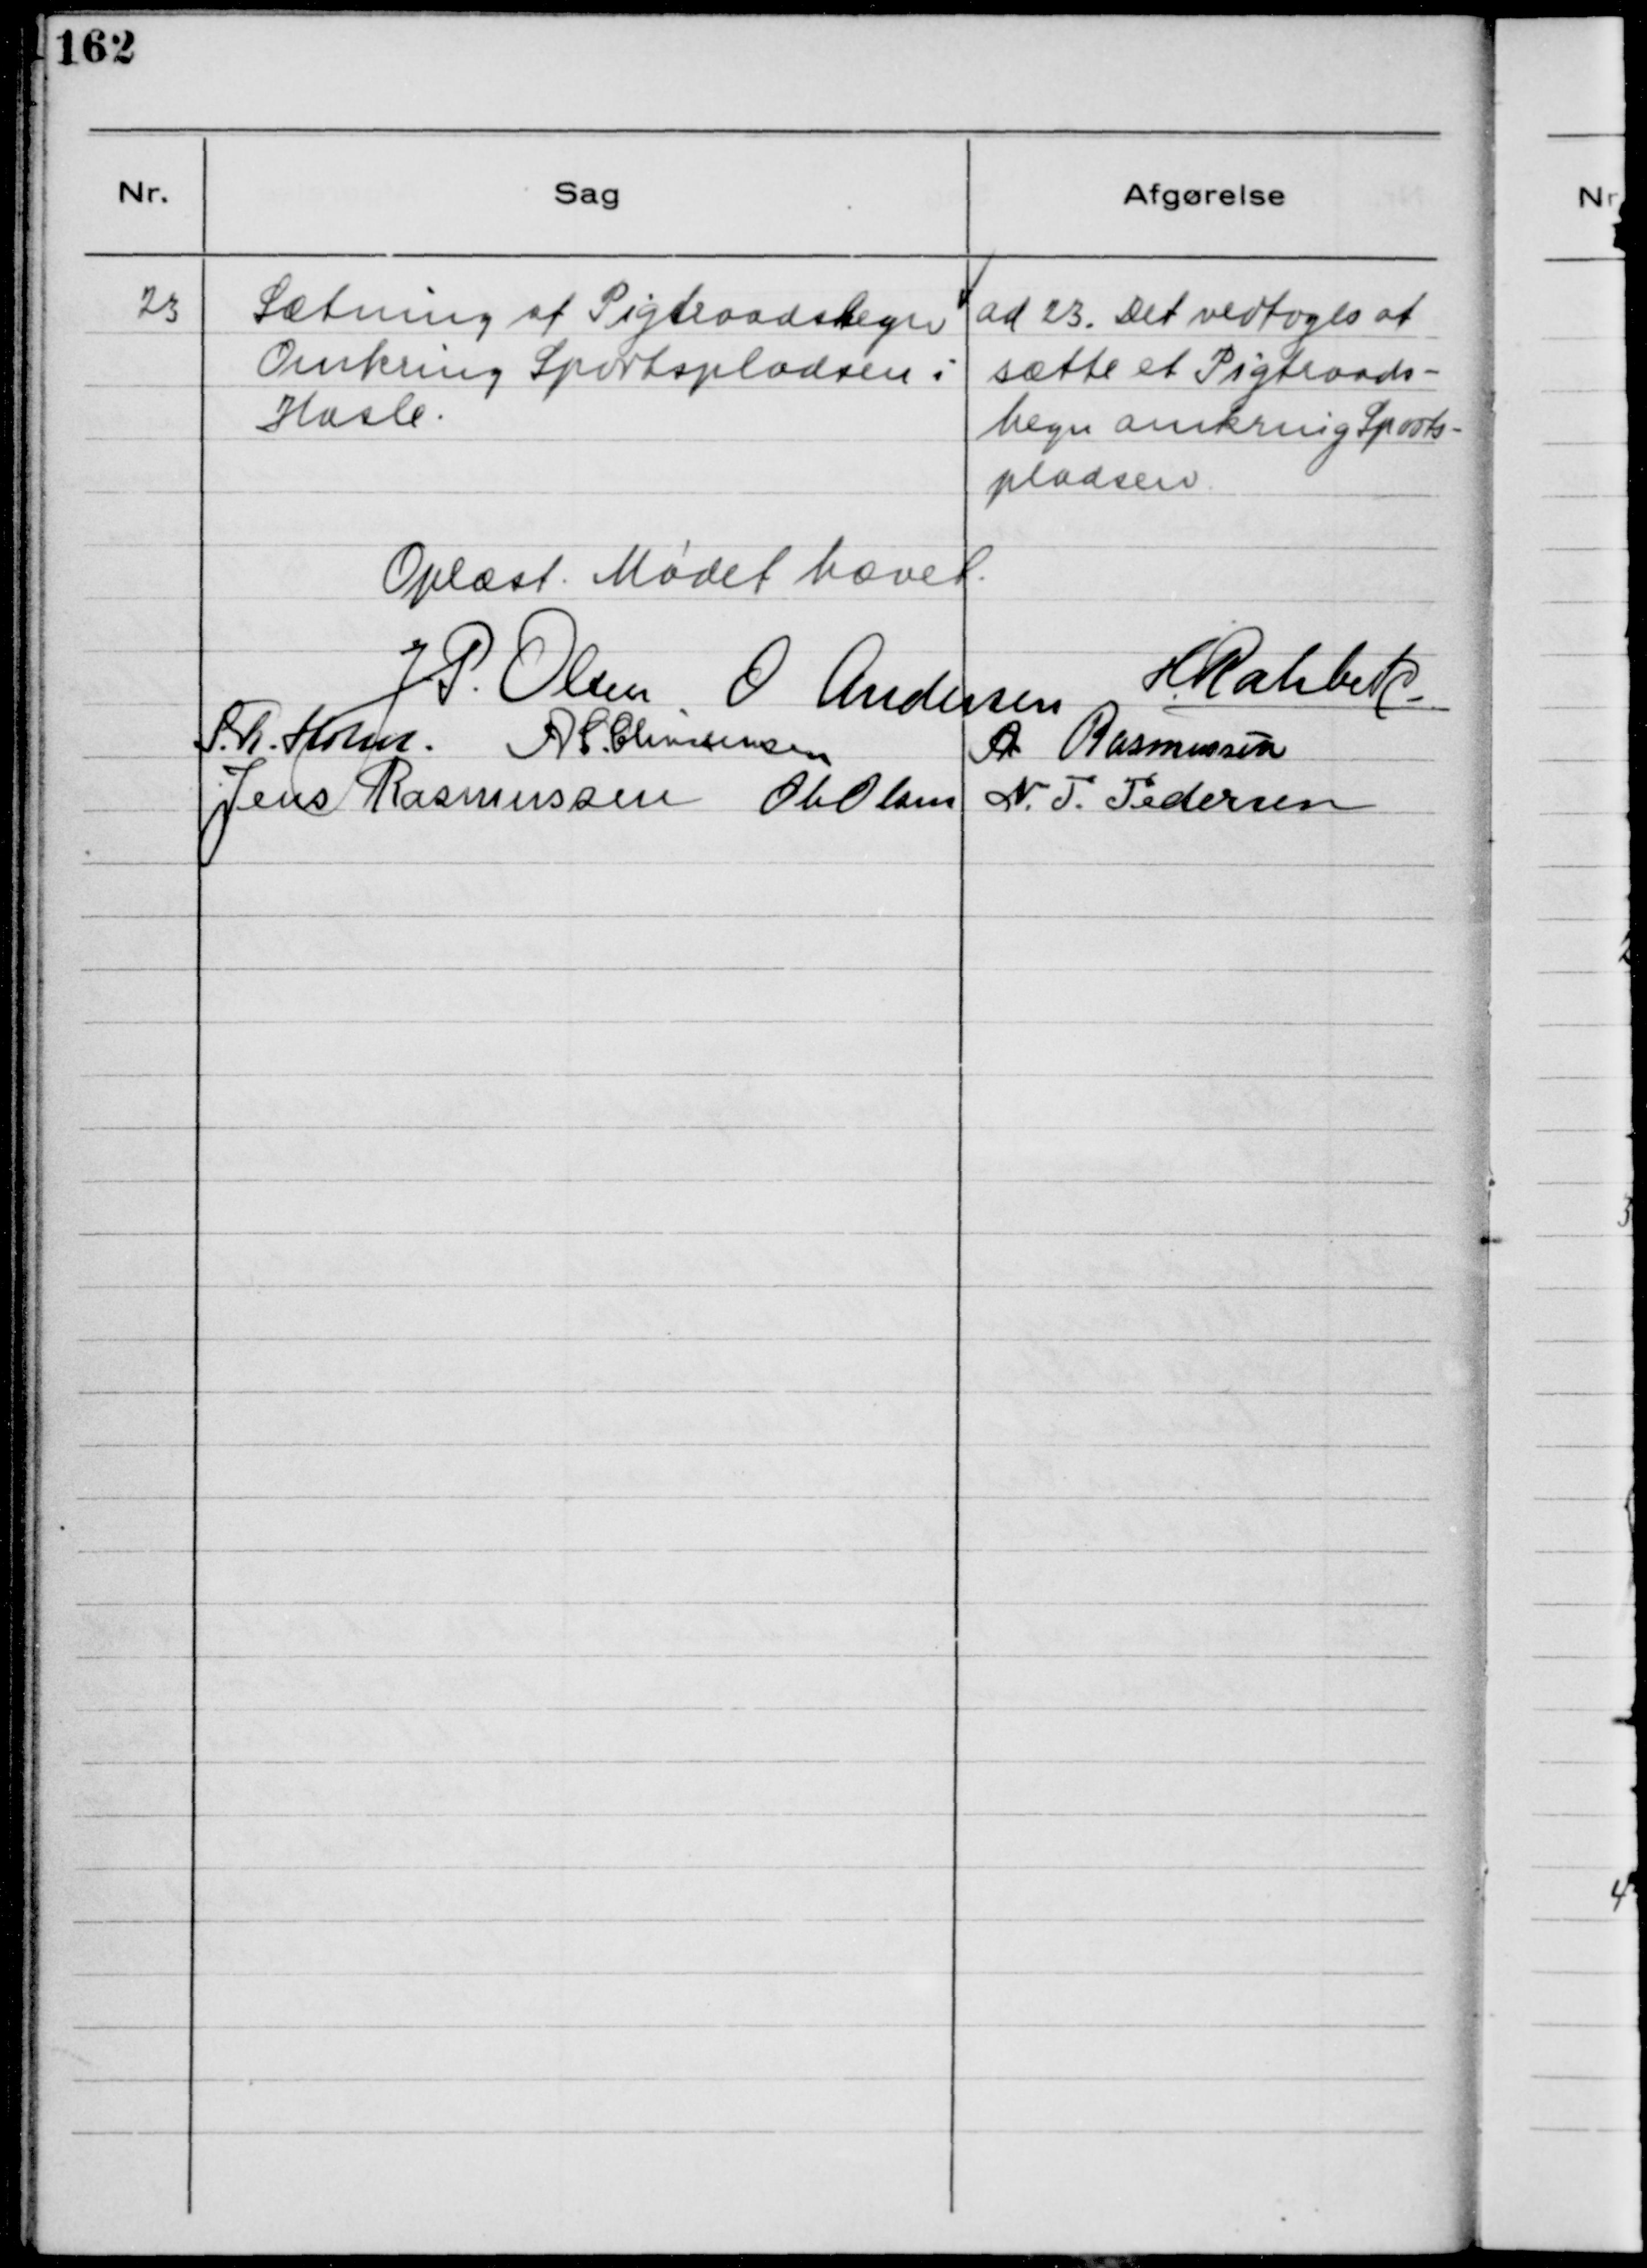
Transskription:
23
Sætning af Pigtraadshegn
Omkring Sportspladsen i
Hasle.
ad 23 Det vedtoges at
sætte et Pigtraads-
hegn omkring Sports
pladsen
Oplæst. Mødet hævet.
J.P. Olsen
O Andersen
H Rahbek
S.R. Holm.
A.C Christensen
A. Rasmussen
Jens Rasmussen
Ole Olsen
N.P. Pedersen